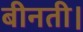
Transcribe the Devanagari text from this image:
बीनती।